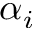
\alpha _ { i }